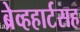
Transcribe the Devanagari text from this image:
ब्रेव्हहार्टसह